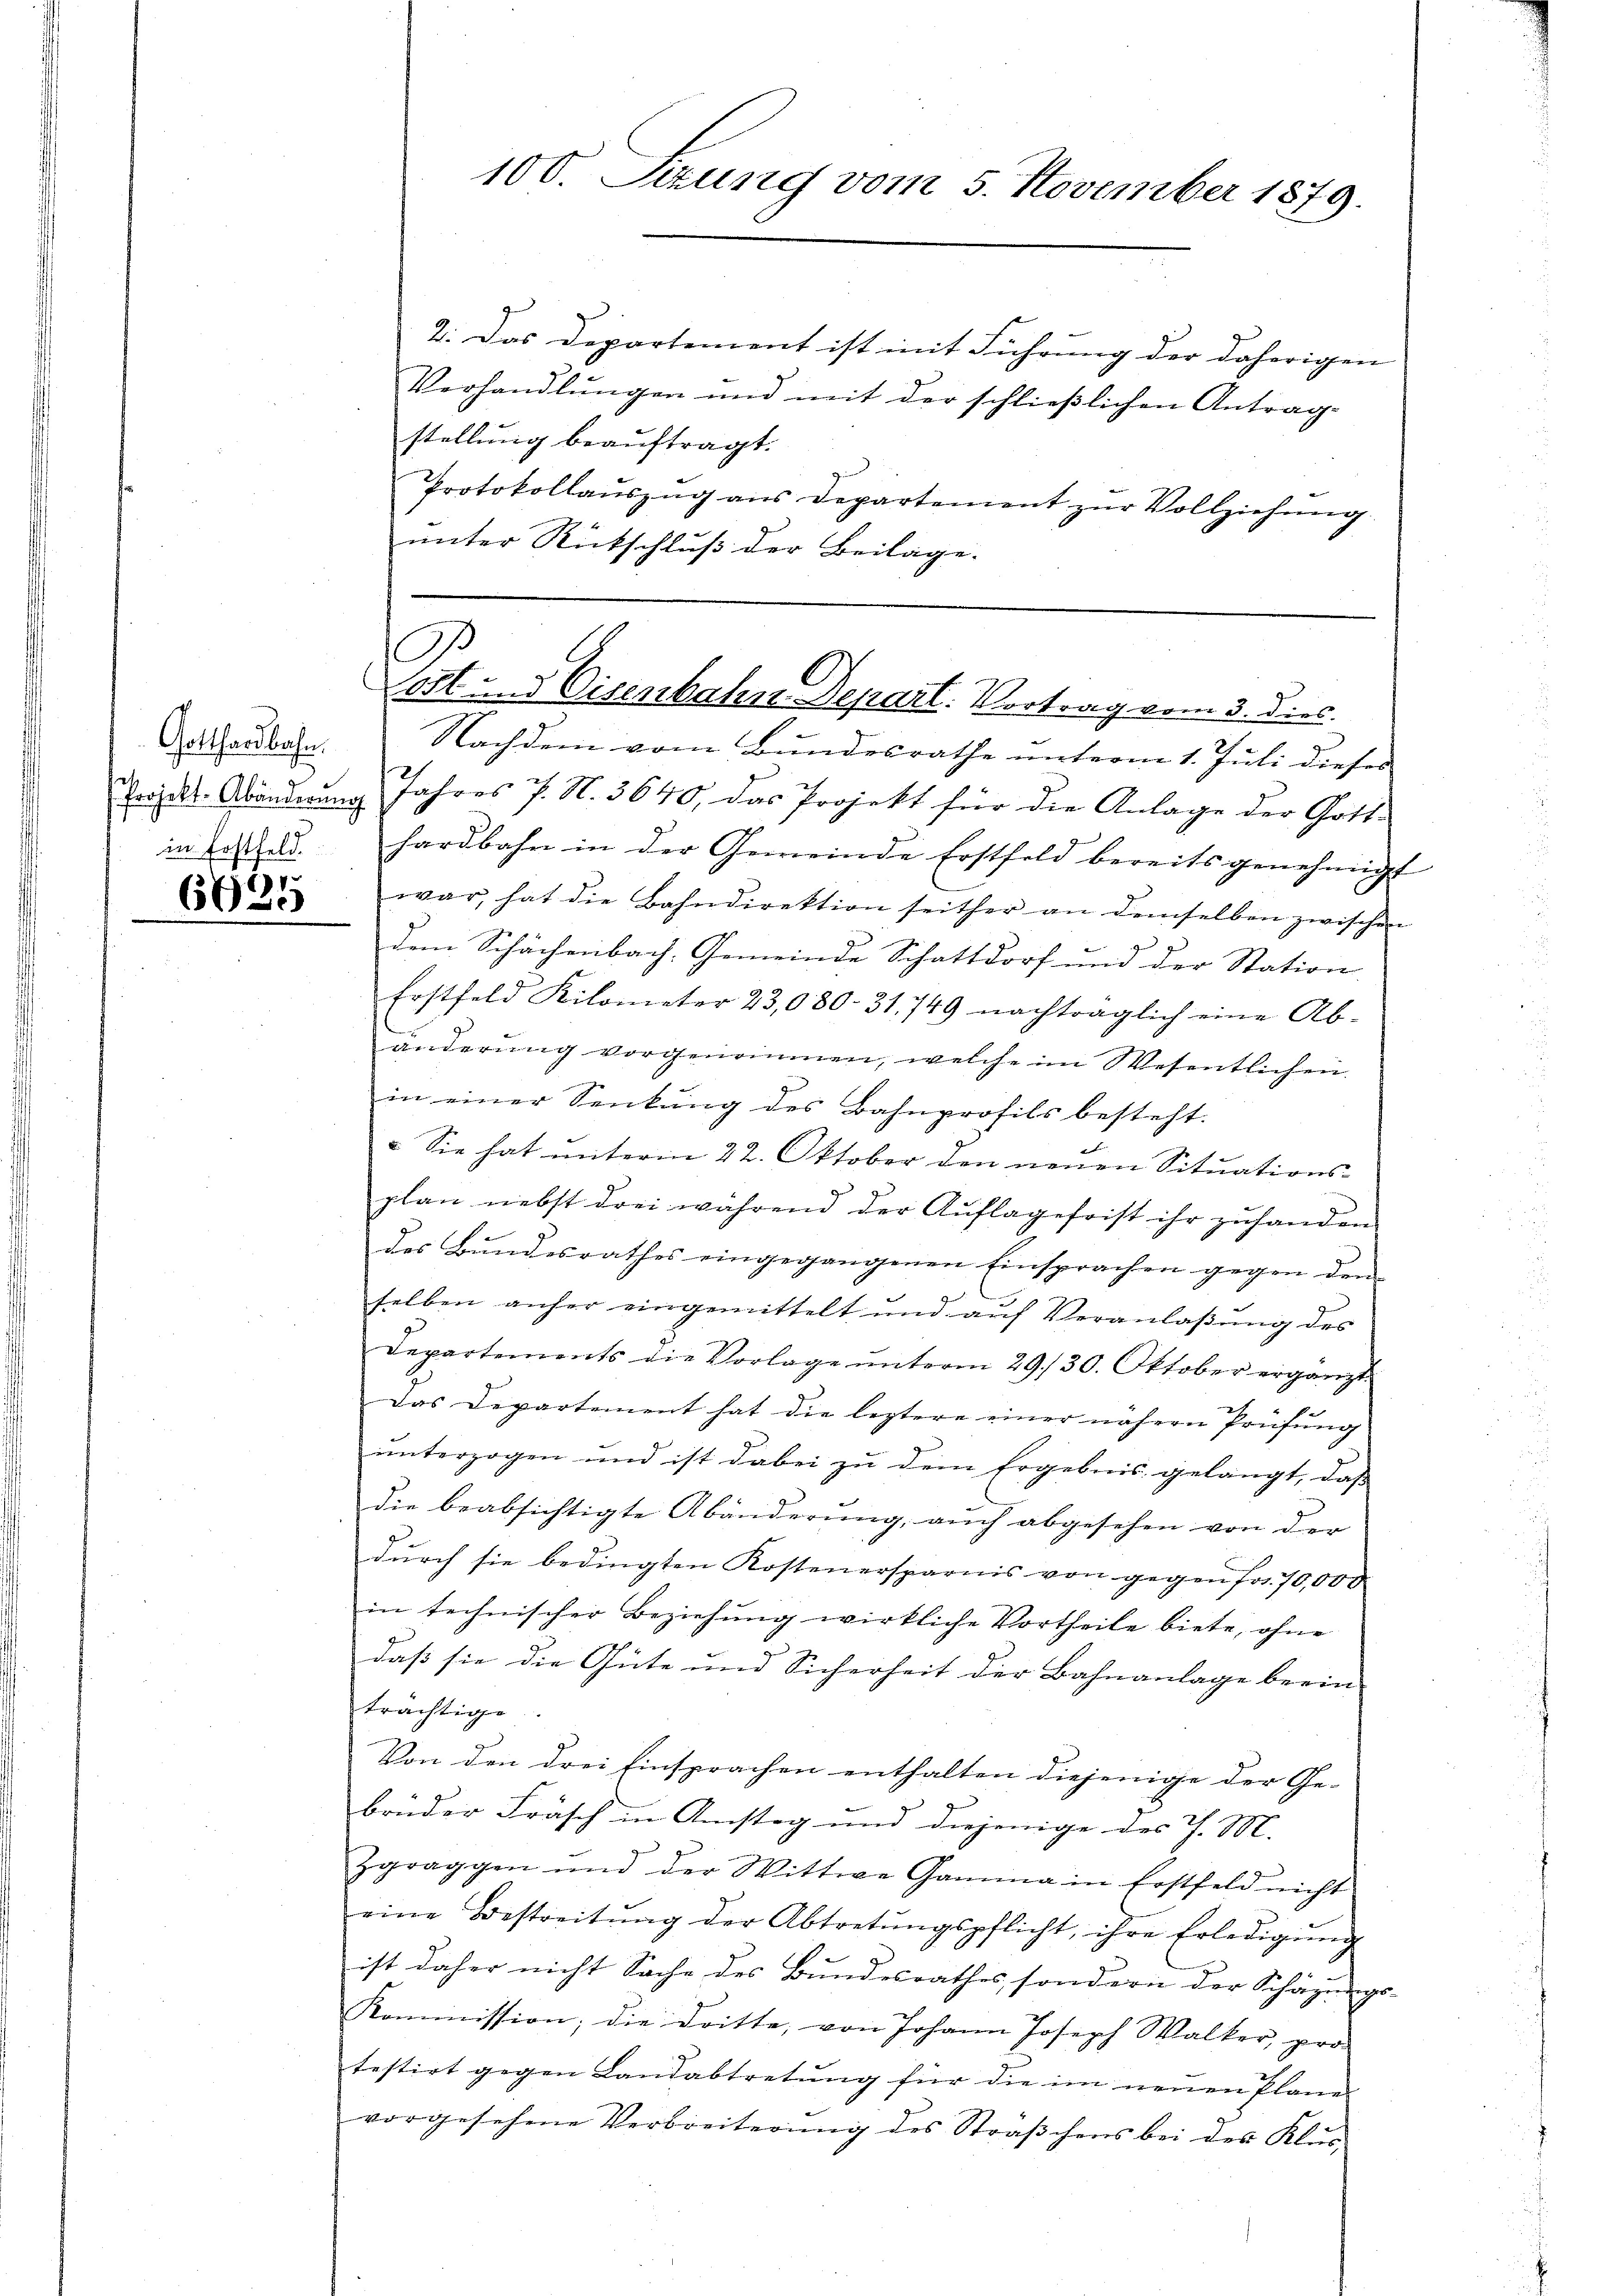
Gotthardbahn.
in Erstfeld.

)
635

100. Sezung vom 5. November 1879.

2. Das Departement ist mit Führung der daherigen
Verhandlungen und mit der schließlichen Antragstellung beauftragt.
Protokollaŭszŭg ans Departement zŭr Vollziehung
unter Rückschluß der Beilage.

.
Lost und Eisenbahn Depart. Vortrag vom 3. dies

Nachdem vom Bundesrathe unterm 1. Juli dieses
Chrojekt-Abänderung Jahres 7. N. 3640, das Projekt für die Anlage der Gott-
hardbahn in der Gemeinde Erstfeld bereits genehmigt |
war, hat die Bahndirektion seither an demselben zwischen
dem Schächenbach. Gemeinde Schattdorf und der Station
Erstfeld Kilometer 23,080. 31. 749 nachträglich eine Ab-
änderung vorgenommen, welche im Wesentlichen.
in einer Senkung des Bahnprofils besteht.
. Sie hat unterm 22. Oktober den neuen Situationsplan nebst drei während der Auflagefrist ihr zuhanden
des Bundesrathes eingegangenen Einsprachen gegen den
selben anher eingemittelt und aŭf Veranlaβŭng des
Departements die Vorlage unterm 29./30. Oktober ergänzt.
Das Departement hat die leztere einer nähern Prüfung
unterzogen und ist dabei zu dem Ergebnis gelangt, das
die beabsichtigte Abänderung, auch abgesehen von der
durch sie bedingten Kostenersparnis von gegen fr. 70,000
in technischer Beziehung wirkliche Vortheile biete, ohne
daß sie die Güte und Sicherheit der Bahnanlage beein-
trächtige
Von den drei Einsprachen enthalten diejenige der Ge-
brüder Frasch in Amstag und diejenige des J. M.
Zgraggen und der Wittwe Gamma in Erstfeld nicht
eine Bestreitŭng der Abtretŭngspflicht, ihre Erledigŭng
ist daher nicht Sache des Bundesrathes, sondern der Schäzungs-
Kommission; die dritte, von Johann Joseph Walker, pro-
testirt gegen Landabtretung für die im neuen Plane
vorgesehene Verbreiterung des Sträßchens bei der Klus¬